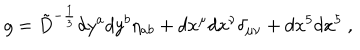
LaTeX: g = { \tilde { D } } ^ { - { \frac { 1 } { 3 } } } d y ^ { a } d y ^ { b } \eta _ { a b } + d x ^ { \mu } d x ^ { \nu } \delta _ { \mu \nu } + d x ^ { 5 } d x ^ { 5 } \ ,